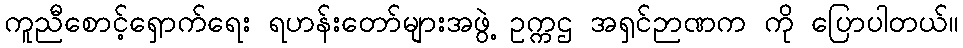
ကူညီစောင့်ရှောက်ရေး ရဟန်းတော်များအဖွဲ့ ဥက္ကဌ အရှင်ဉာဏက ကို ပြောပါတယ်။